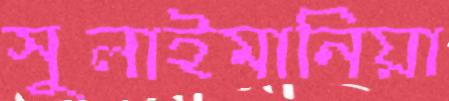
সুলাইমানিয়া